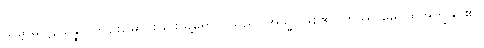
သမ္ဗာဓပဋိပန္နော၊ ကျဉ်းမြောင်းခြင်းသို့ရောက်သည်။ အသ္မိ၊ ဖြစ်၏။ တဿ မေ၊ ထိုအကျွန်ုပ်၏။